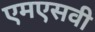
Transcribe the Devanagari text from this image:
एमएसवी